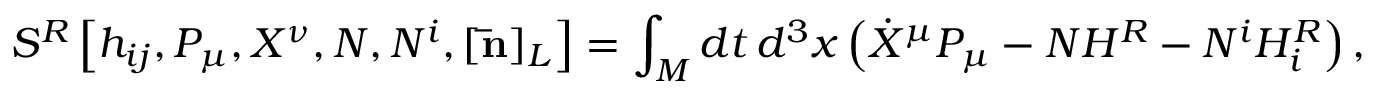
{ } S ^ { R } \left[ h _ { i j } , P _ { \mu } , X ^ { \nu } , N , N ^ { i } , [ { \bf \bar { n } } ] _ { L } \right] = \int _ { \cal M } d t \, d ^ { 3 } x \left( \dot { X } ^ { \mu } P _ { \mu } - N H ^ { R } - N ^ { i } H _ { i } ^ { R } \right) ,